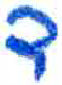
אות: ד